Jaan_Tonisson_(Lasteleht), lk 94
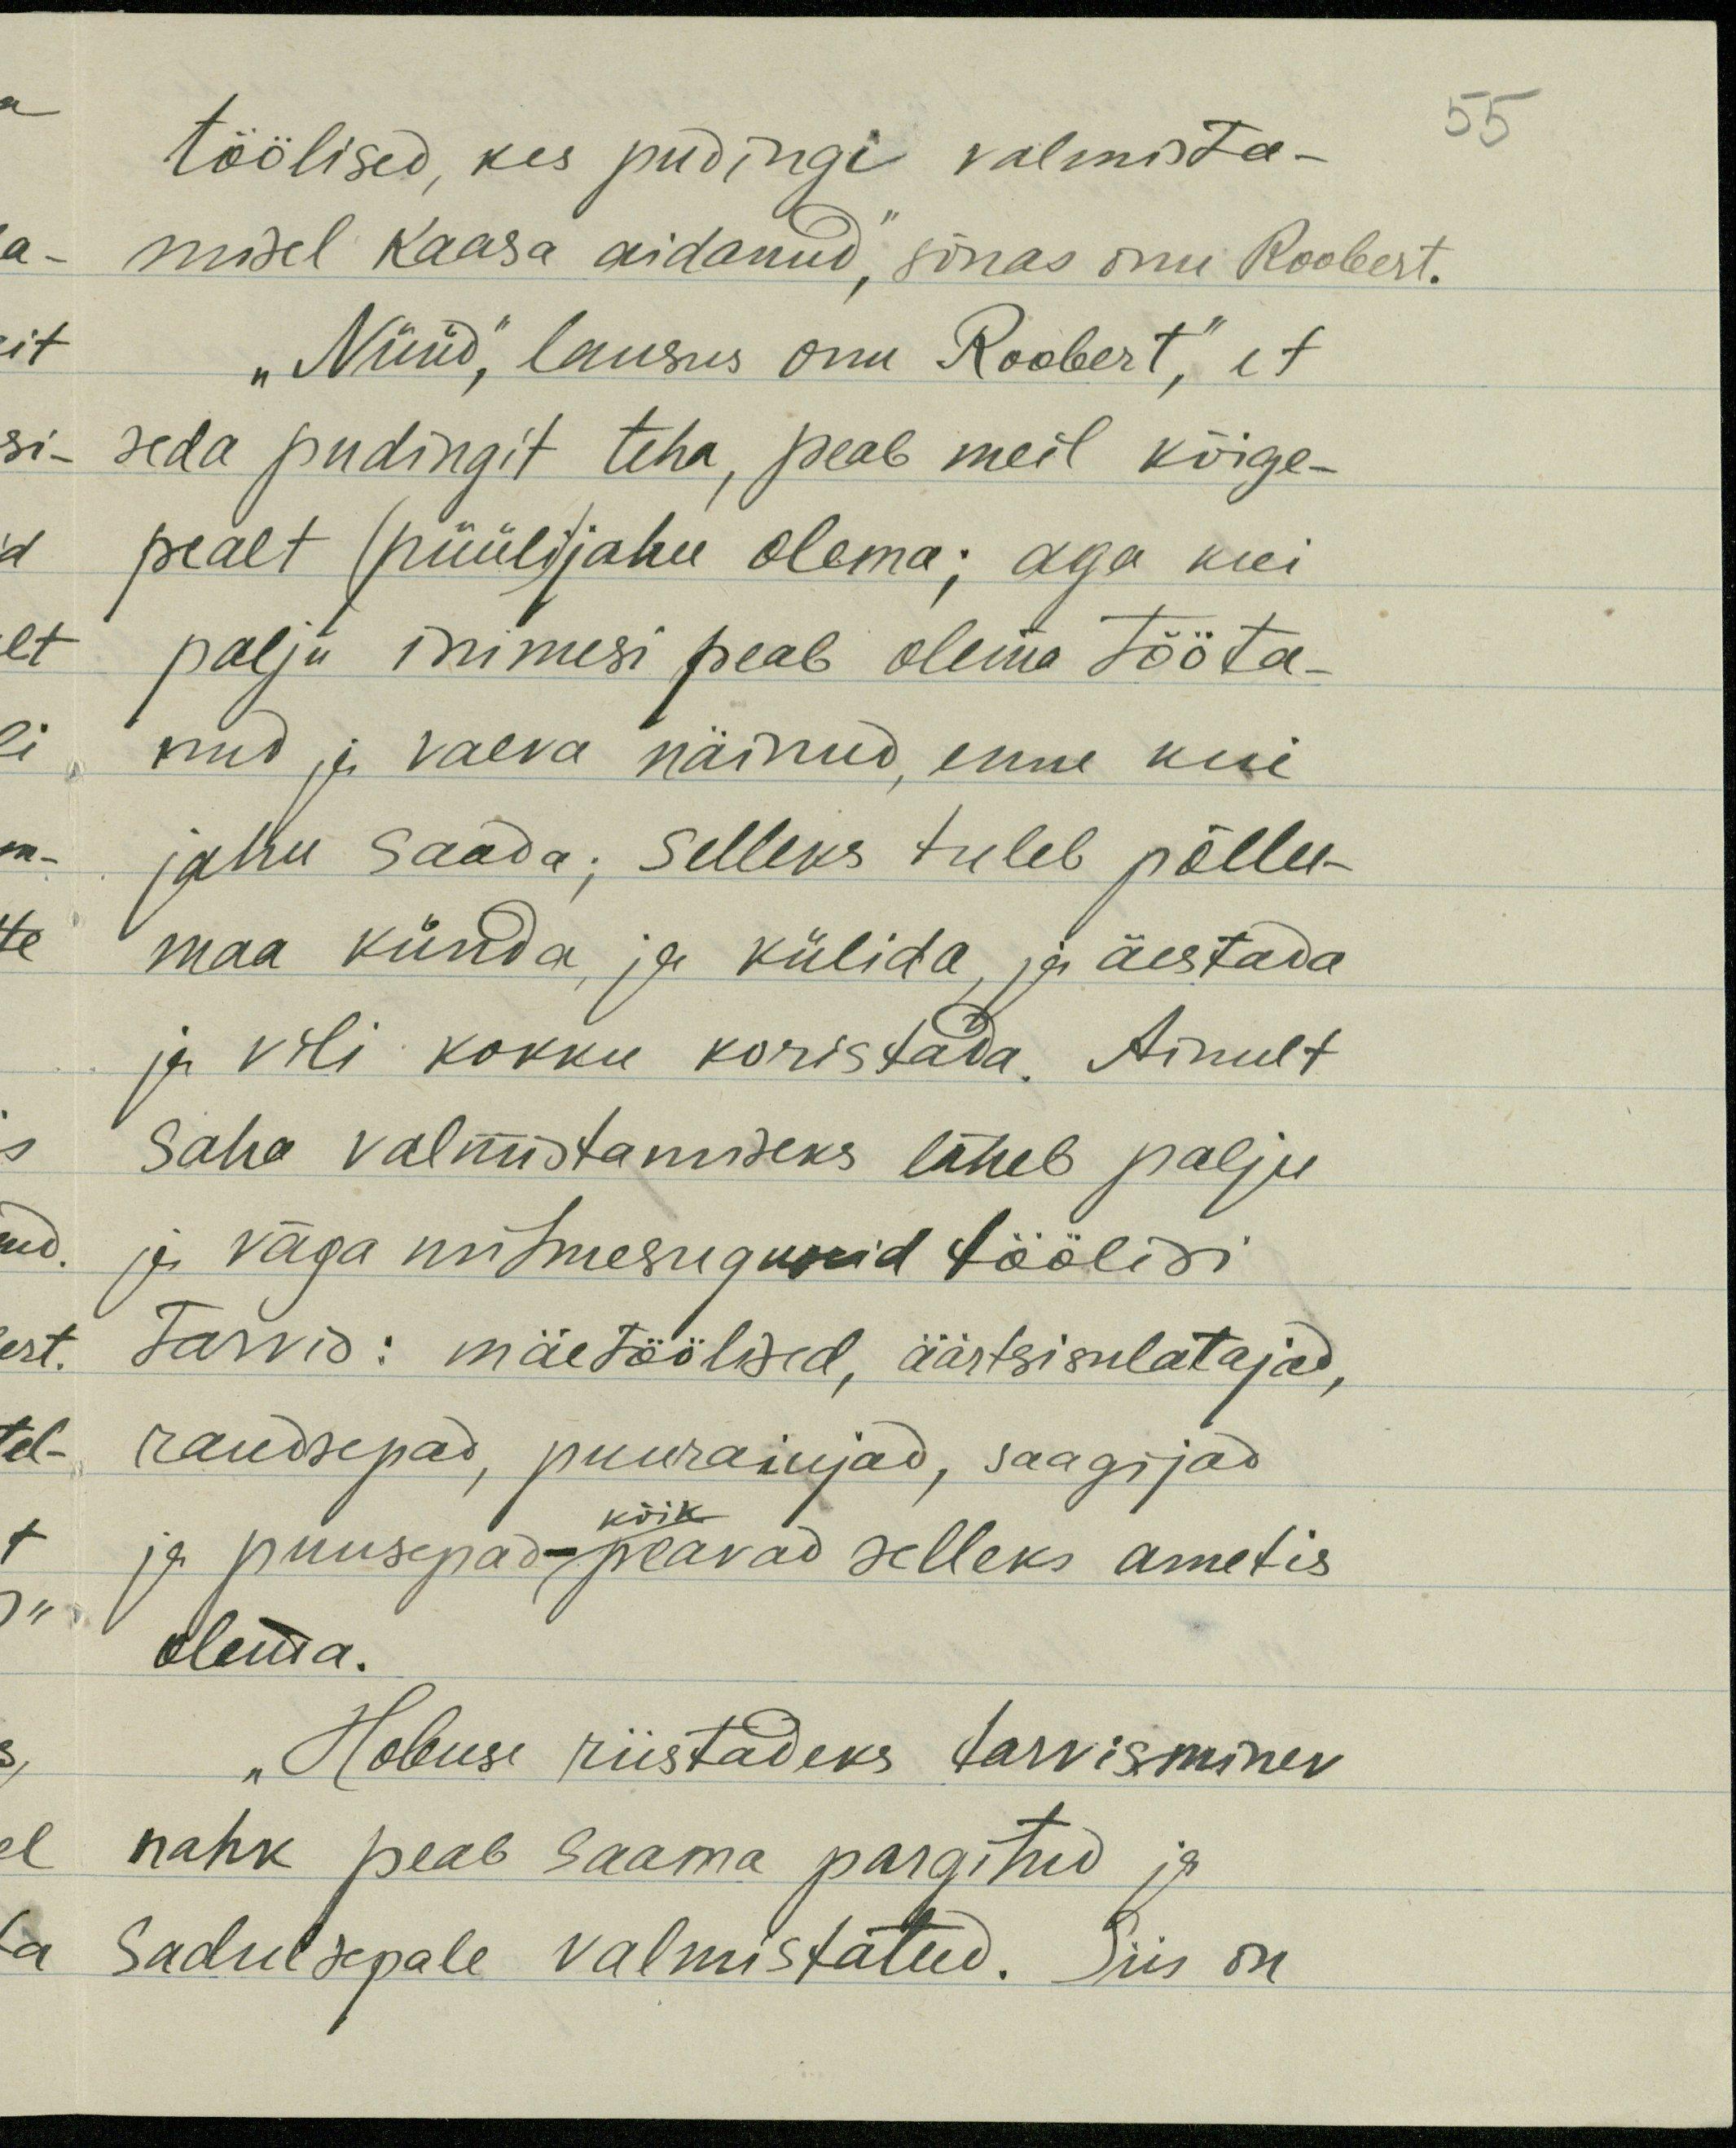
töölised, kes pudingi valmista-
55
misel kaasa aidanud, sõnas onu Roobert.
„Nüüd," lausus onu Roobert", et
seda pudingit teha, peab meil kõige-
pealt (püüli) jahu olema; aga kui
palju inimesi peab olema tööta-
nud ja vaeva näinud, enne kui
jahu saada; selleks tuleb põllu-
maa künda ja külida ja äestada
ja vili kokku koristada. Ainult
ja väga mitmesuguseid töölisi
tarvis: mäetöölised, äärtsisulatajad,
saha valmistamiseks läheb palju
kõik
ja puusepad peavad selleks ametis
raudsepad, puuraiujad, saagijad
olema
"Hobuse riistadeks tarvisminev
nahk peab saama pargitud ja
sadulsepale valmistatud. Siis on